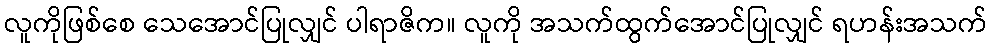
လူကိုဖြစ်စေ သေအောင်ပြုလျှင် ပါရာဇိက။ လူကို အသက်ထွက်အောင်ပြုလျှင် ရဟန်းအသက်